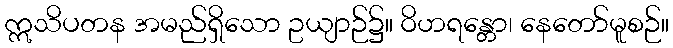
ဣသိပတန အမည်ရှိသော ဥယျာဉ်၌။ ဝိဟရန္တော၊ နေတော်မူစဉ်။